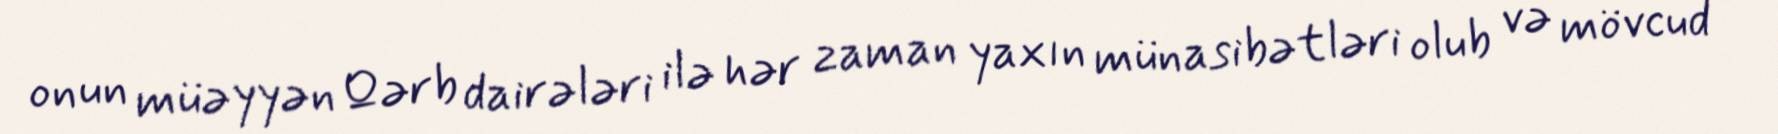
onun müəyyən Qərb dairələri ilə hər zaman yaxın münasibətləri olub və mövcud